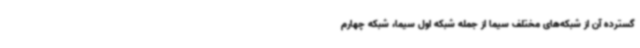
گسترده آن از شبکه‌های مختلف سیما از جمله شبکه اول سیما، شبکه چهارم